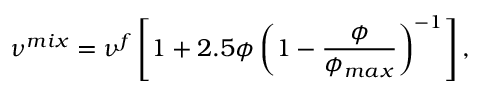
\nu ^ { m i x } = \nu ^ { f } \left[ 1 + 2 . 5 \phi \left( 1 - \frac { \phi } { \phi _ { m a x } } \right) ^ { - 1 } \right] ,